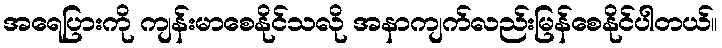
အရေပြားကို ကျန်းမာစေနိုင်သလို အနာကျက်လည်းမြန်စေနိုင်ပါတယ်။